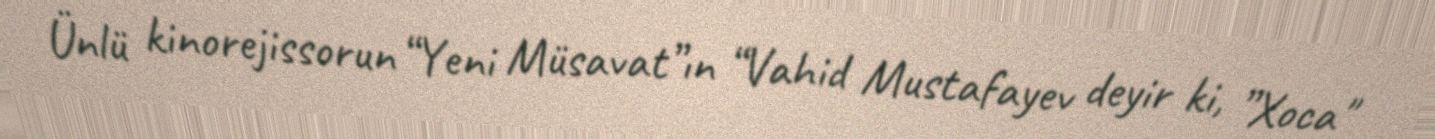
Ünlü kinorejissorun “Yeni Müsavat”ın “Vahid Mustafayev deyir ki, ”Xoca"